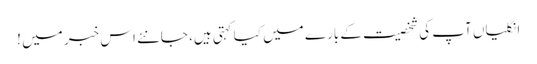
انگلیاں آپ کی شخصیت کے بارے میں کیا کہتی ہیں، جانئے اس خبر میں !